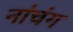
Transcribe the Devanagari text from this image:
नांचंग